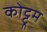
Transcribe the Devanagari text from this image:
कोट्टूम